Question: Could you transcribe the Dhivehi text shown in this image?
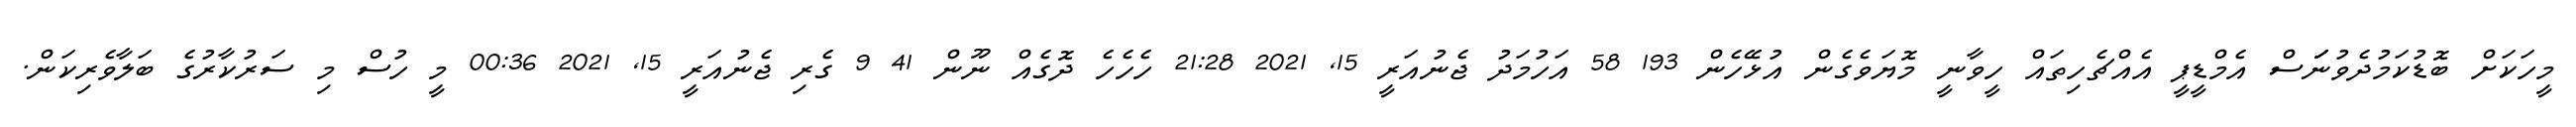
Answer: މީހަކަށް ބޮޑުކަމުދެވުނަަަސް އެމްޑީޕީ އެއްޗެހިތައް ހީވާނީ މޮޔަވެގެން އުޅޭހެން 193 58 އަހުމަދު ޖެނުއަރީ 15, 2021 21:28 ހެހެހެ ދޮގެއް ނޫން 41 9 ގެރި ޖެނުއަރީ 15, 2021 00:36 މީ ހުސް މި ސަރުކާރުގެ ބަލާވެރިކަން.